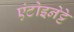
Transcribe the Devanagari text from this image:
एंटोइनेट्टे